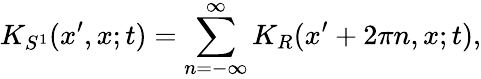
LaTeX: K_{S^{1}}(x^{\prime},x;t)=\sum_{n=-\infty}^{\infty}K_{R}(x^{\prime}+2\pi n,x;t),